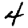
Digit: 4